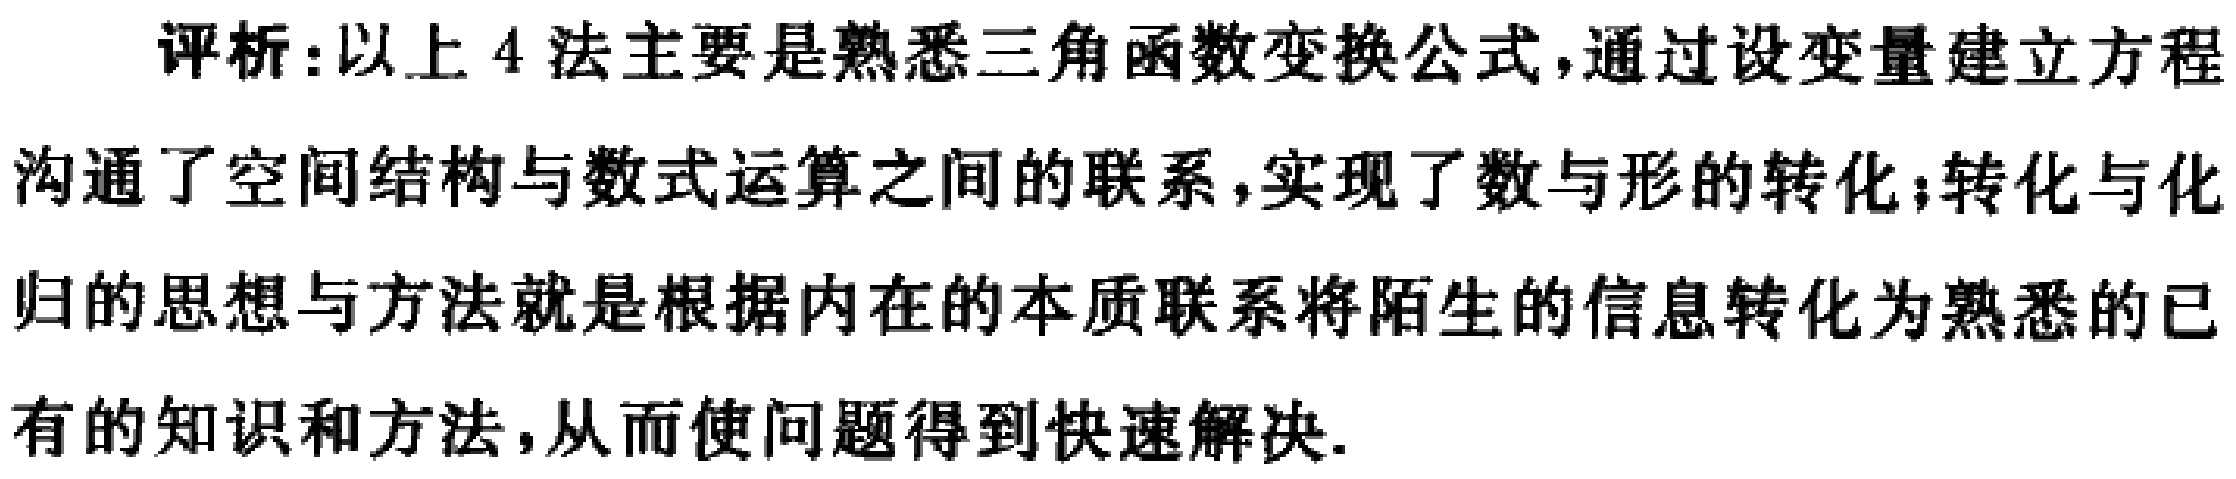
评析：以上4法主要是熟悉三角函数变换公式，通过设变量建立方程沟通了空间结构与数式运算之间的联系，实现了数与形的转化；转化与化归的思想与方法就是根据内在的本质联系将陌生的信息转化为熟悉的已有的知识和方法，从而使问题得到快速解决.